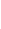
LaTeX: \mathbf{B}\! \! \! \! \! \! \! \! \! \! \! \! _{i}\! \! \! \! \! \! \! \! \! \! \! \! =\mathbf{B}\! \! \! \! \! \! \! \! \! \! \! \! _{r\! \! \! \! \! \! \! \! \! \! \! \! _{i}}\! \! \! \! \! \! \! \! \! \! \! \! (\! \! \! \! \! \! \! \! \! \! \! \! \mathbf{{x}}\! \! \! \! \! \! \! \! \! \! \! \! _{i}\! \! \! \! \! \! \! \! \! \! \! \! )\! \! \! \! \! \! \! \! \! \! \!